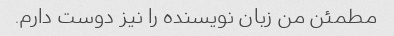
مطمئن من زبان نویسنده را نیز دوست دارم.